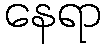
နေရာ